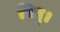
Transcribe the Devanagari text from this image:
त्रिपु।